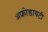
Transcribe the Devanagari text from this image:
ॲफ्रोडायटी